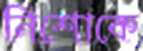
নিশোকে